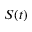
S ( t )